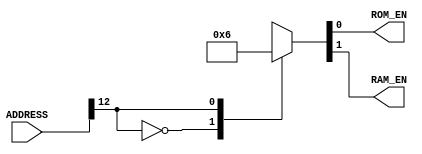
`timescale 1ns / 100ps
module AddrDec(
    input [12:0] ADDRESS,
    output reg ROM_EN,
    output reg RAM_EN
    );
	always @(ADDRESS)
		casex (ADDRESS)
			13'b0_xxxx_xxxx_xxxx:  {RAM_EN, ROM_EN} <= 2'b01;
			13'b1_xxxx_xxxx_xxxx:  {RAM_EN, ROM_EN} <= 2'b10;
			default:	{RAM_EN, ROM_EN} <= 2'b00;
		endcase
endmodule